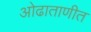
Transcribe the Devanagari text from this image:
ओढाताणीत